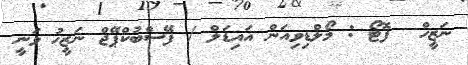
ނަޒީހް  ފޮޓޯ : މޯލްޑިވިއަން އައިޑަލް / ފޭސްބުކްޕޭޖް ނަޒީޚު ވަނީ